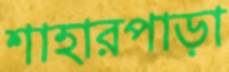
শাহারপাড়া